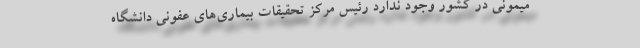
میمونی در کشور وجود ندارد رئیس مرکز تحقیقات بیماری‌های عفونی دانشگاه